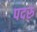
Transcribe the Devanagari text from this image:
पदरु